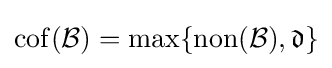
\operatorname {cof} ({\mathcal {B}})=\max\{\operatorname {non} ({\mathcal {B}}),{\mathfrak {d}}\}